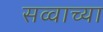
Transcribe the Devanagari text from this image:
सव्वाच्या